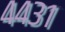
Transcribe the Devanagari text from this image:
४४३१